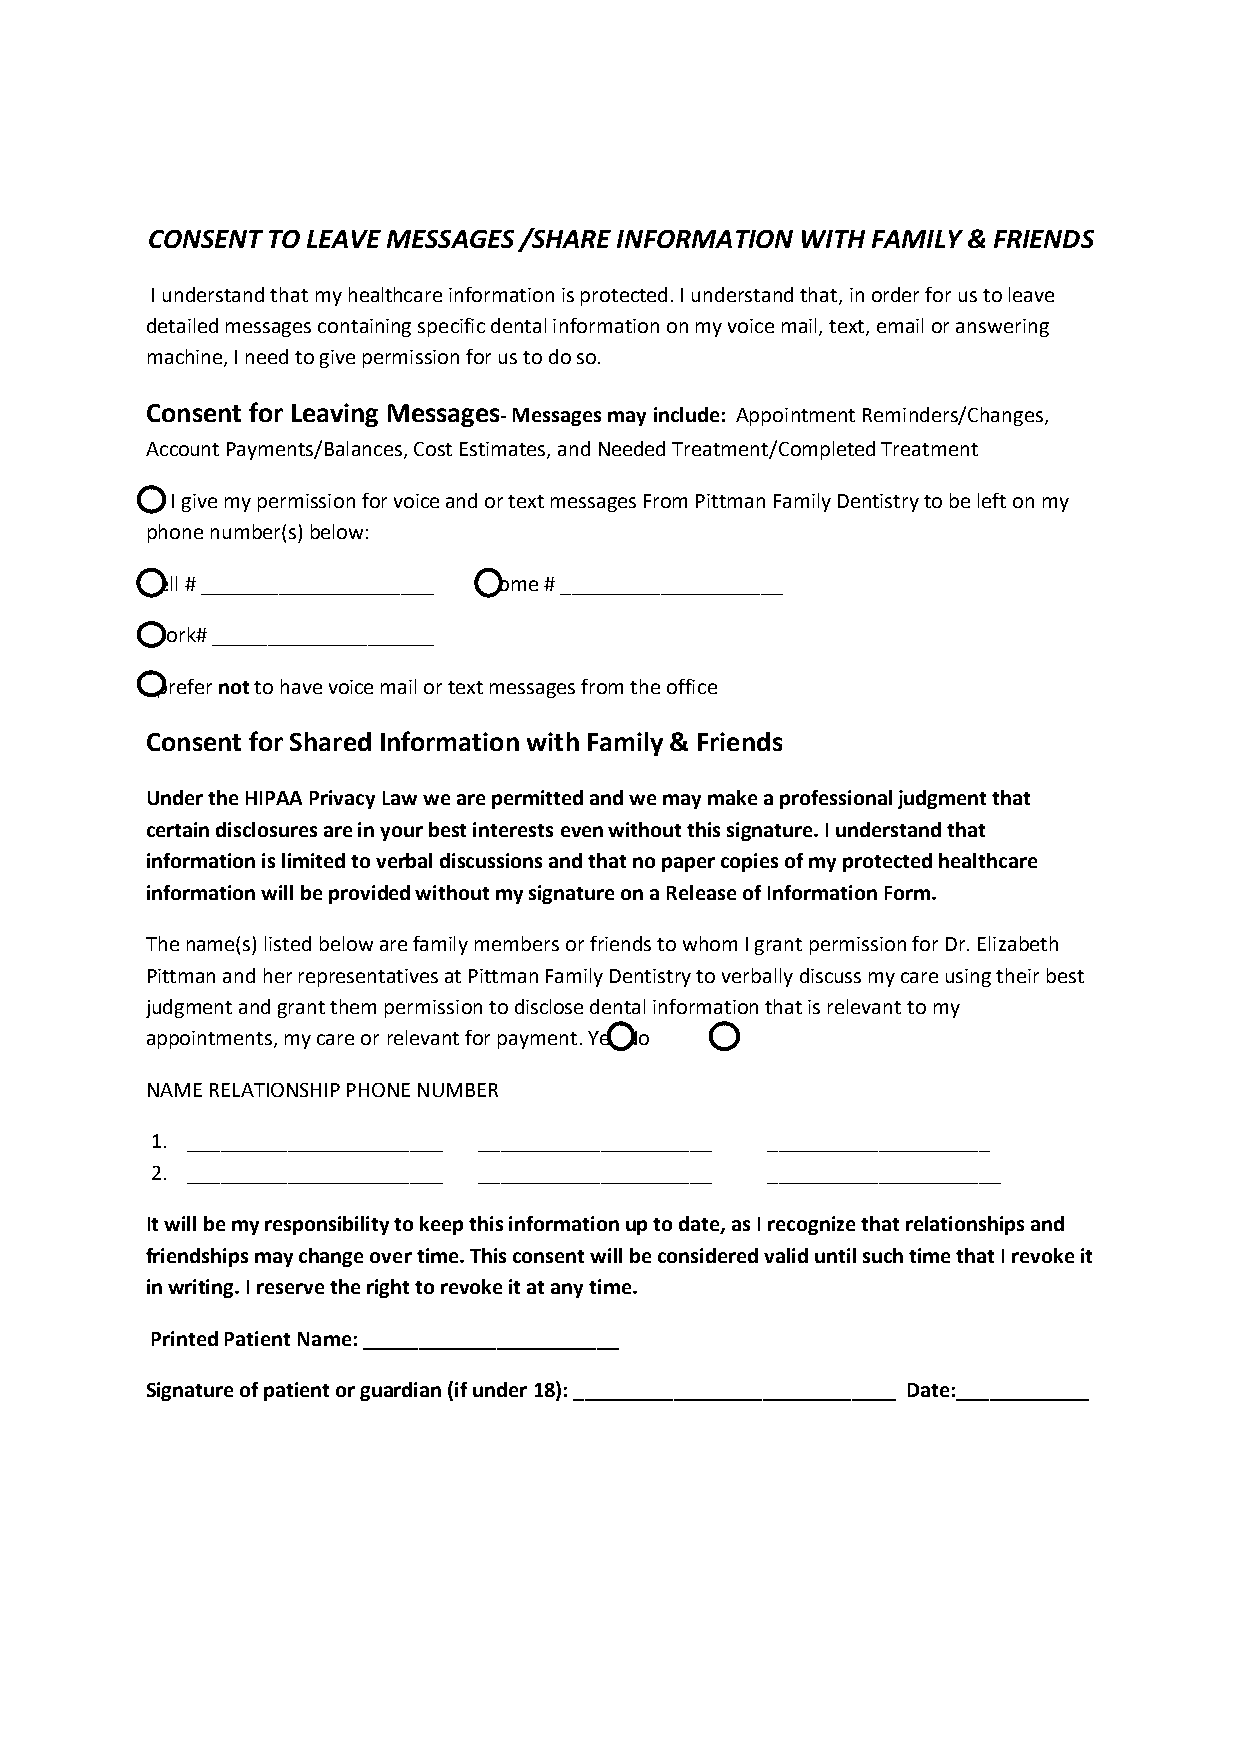
CONSENT TO LEAVE MESSAGES /SHARE INFORMATION WITH FAMILY & FRIENDS
 I understand that my healthcare information is protected. I understand that, in order for us to leave
 detailed messages containing specific dental information on my voice mail, text, email or answering
 machine, I need to give permission for us to do so.
 Consent for Leaving Messages- Messages may include: Appointment Reminders/Changes,
 Account Payments/Balances, Cost Estimates, and Needed Treatment/Completed Treatment
 I give my permission for voice and or text messages From Pittman Family Dentistry to be left on my
 phone number(s) below:
 Cell # _____________________ Home # ____________________
 Work# ____________________
 I prefer not to have voice mail or text messages from the office
 Consent for Shared Information with Family & Friends
 Under the HIPAA Privacy Law we are permitted and we may make a professional judgment that
 certain disclosures are in your best interests even without this signature. I understand that
 information is limited to verbal discussions and that no paper copies of my protected healthcare
 information will be provided without my signature on a Release of Information Form.
 The name(s) listed below are family members or friends to whom I grant permission for Dr. Elizabeth
 Pittman and her representatives at Pittman Family Dentistry to verbally discuss my care using their best
 judgment and grant them permission to disclose dental information that is relevant to my
 appointments, my care or relevant for payment. Yes No
 NAME RELATIONSHIP PHONE NUMBER
 1. _______________________ _____________________ ____________________
 2. _______________________ _____________________ _____________________
 It will be my responsibility to keep this information up to date, as I recognize that relationships and
 friendships may change over time. This consent will be considered valid until such time that I revoke it
 in writing. I reserve the right to revoke it at any time.
 Printed Patient Name: _______________________
 Signature of patient or guardian (if under 18): _____________________________ Date:____________